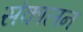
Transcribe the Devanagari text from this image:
संकालन